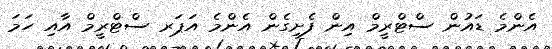
އެންމެ ޑައުން ސްޓްރީމް އިން ފެށިގެން އެންމެ އަޕަރ ސްޓްރީމް އާއި ހަމަ